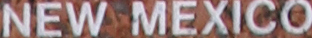
NEW MEXICO